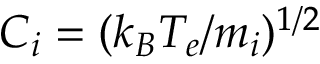
C _ { i } = ( k _ { B } T _ { e } / m _ { i } ) ^ { 1 / 2 }